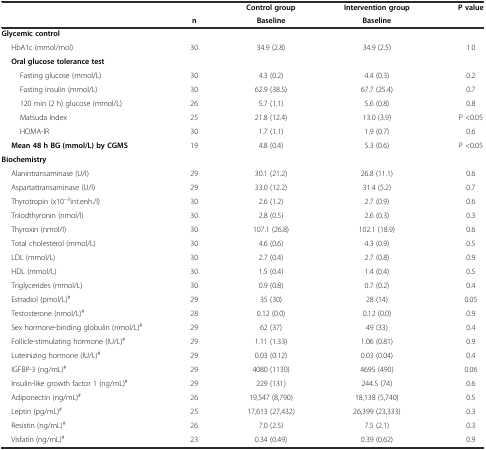
<table><thead><tr><td></td><td></td><td><b>Control group</b></td><td><b>Intervention group</b></td><td><b>P value</b></td></tr><tr><td></td><td><b>n</b></td><td><b>Baseline</b></td><td><b>Baseline</b></td><td></td></tr></thead><tbody><tr><td><b>Glycemic control</b></td><td></td><td></td><td></td><td></td></tr><tr><td>HbA1c (mmol/mol)</td><td>30</td><td>34.9 (2.8)</td><td>34.9 (2.5)</td><td>1.0</td></tr><tr><td><b>Oral glucose tolerance test</b></td><td></td><td></td><td></td><td></td></tr><tr><td>Fasting glucose (mmol/L)</td><td>30</td><td>4.3 (0.2)</td><td>4.4 (0.3)</td><td>0.2</td></tr><tr><td>Fasting insulin (mmol/L)</td><td>30</td><td>62.9 (38.5)</td><td>67.7 (25.4)</td><td>0.7</td></tr><tr><td>120 min (2 h) glucose (mmol/L)</td><td>26</td><td>5.7 (1.1)</td><td>5.6 (0.8)</td><td>0.8</td></tr><tr><td>Matsuda Index</td><td>25</td><td>21.8 (12.4)</td><td>13.0 (3.9)</td><td>P &lt;0.05</td></tr><tr><td>HOMA-IR</td><td>30</td><td>1.7 (1.1)</td><td>1.9 (0.7)</td><td>0.6</td></tr><tr><td><b>Mean 48 h BG (mmol/L) by CGMS</b></td><td>19</td><td>4.8 (0.4)</td><td>5.3 (0.6)</td><td>P &lt;0.05</td></tr><tr><td><b>Biochemistry</b></td><td></td><td></td><td></td><td></td></tr><tr><td>Alanintransaminase (U/l)</td><td>29</td><td>30.1 (21.2)</td><td>26.8 (11.1)</td><td>0.6</td></tr><tr><td>Aspartattransaminase (U/l)</td><td>29</td><td>33.0 (12.2)</td><td>31.4 (5.2)</td><td>0.7</td></tr><tr><td>Thyrotropin (x10<sup>-3</sup>int.enh./l)</td><td>30</td><td>2.6 (1.2)</td><td>2.7 (0.9)</td><td>0.6</td></tr><tr><td>Triiodthyronin (nmol/l)</td><td>30</td><td>2.8 (0.5)</td><td>2.6 (0.3)</td><td>0.3</td></tr><tr><td>Thyroxin (nmol/l)</td><td>30</td><td>107.1 (26.8)</td><td>102.1 (18.9)</td><td>0.6</td></tr><tr><td>Total cholesterol (mmol/L)</td><td>30</td><td>4.6 (0.6)</td><td>4.3 (0.9)</td><td>0.5</td></tr><tr><td>LDL (mmol/L)</td><td>30</td><td>2.7 (0.4)</td><td>2.7 (0.8)</td><td>0.9</td></tr><tr><td>HDL (mmol/L)</td><td>30</td><td>1.5 (0.4)</td><td>1.4 (0.4)</td><td>0.5</td></tr><tr><td>Triglycerides (mmol/L)</td><td>30</td><td>0.9 (0.8)</td><td>0.7 (0.2)</td><td>0.4</td></tr><tr><td>Estradiol (pmol/L)<sup>#</sup></td><td>29</td><td>35 (30)</td><td>28 (14)</td><td>0.05</td></tr><tr><td>Testosterone (nmol/L)<sup>#</sup></td><td>28</td><td>0.12 (0.0)</td><td>0.12 (0.0)</td><td>0.9</td></tr><tr><td>Sex hormone-binding globulin (nmol/L)<sup>#</sup></td><td>29</td><td>62 (37)</td><td>49 (33)</td><td>0.4</td></tr><tr><td>Follicle-stimulating hormone (IU/L)<sup>#</sup></td><td>29</td><td>1.11 (1.33)</td><td>1.06 (0.81)</td><td>0.9</td></tr><tr><td>Luteinizing hormone (IU/L)<sup>#</sup></td><td>29</td><td>0.03 (0.12)</td><td>0.03 (0.04)</td><td>0.4</td></tr><tr><td>IGFBP-3 (ng/mL)<sup>#</sup></td><td>29</td><td>4080 (1130)</td><td>4695 (490)</td><td>0.06</td></tr><tr><td>Insulin-like growth factor 1 (ng/mL)<sup>#</sup></td><td>29</td><td>229 (131)</td><td>244.5 (74)</td><td>0.6</td></tr><tr><td>Adiponectin (ng/mL)<sup>#</sup></td><td>26</td><td>19,547 (8,790)</td><td>18,138 (5,740)</td><td>0.5</td></tr><tr><td>Leptin (pg/mL)<sup>#</sup></td><td>25</td><td>17,613 (27,432)</td><td>26,399 (23,333)</td><td>0.3</td></tr><tr><td>Resistin (ng/mL)<sup>#</sup></td><td>26</td><td>7.0 (2.5)</td><td>7.5 (2.1)</td><td>0.3</td></tr><tr><td>Visfatin (ng/mL)<sup>#</sup></td><td>23</td><td>0.34 (0.49)</td><td>0.39 (0.62)</td><td>0.9</td></tr></tbody></table>